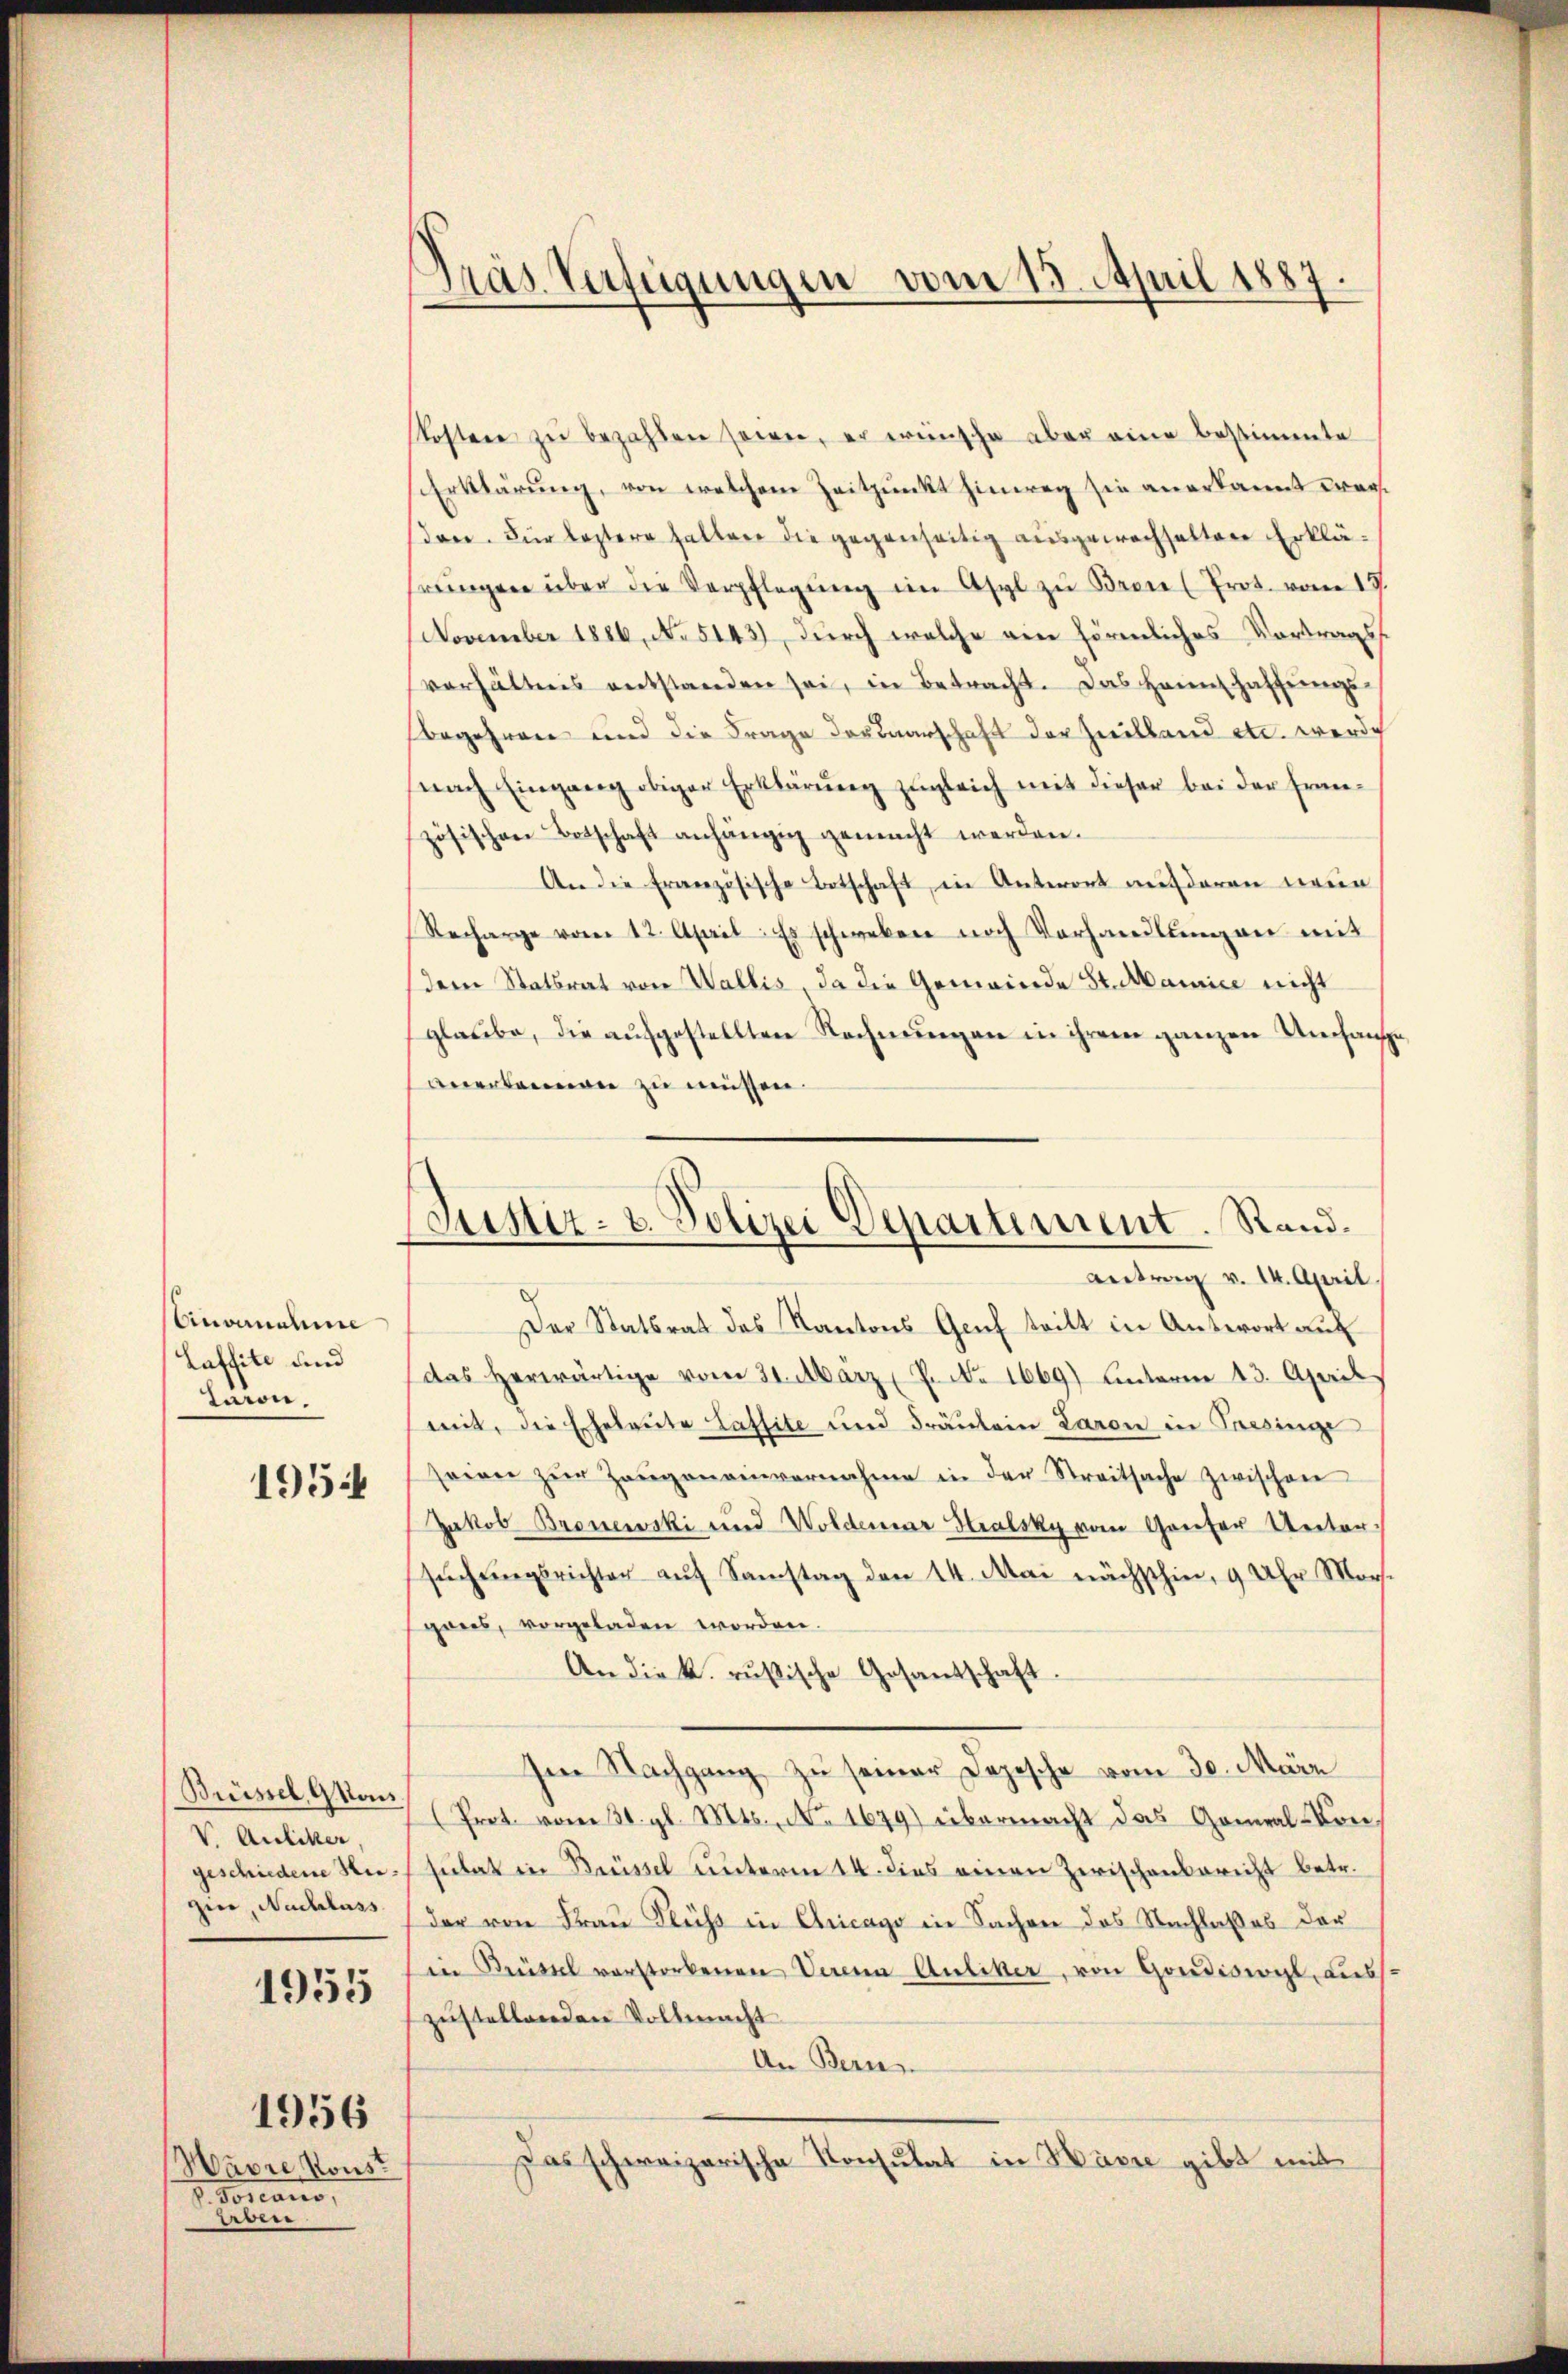
Anomaline
Laffite und
Taron.
1954

Brüssel, kons
V.Auliker,
geschiedene Hegin, Nachlass

1955

Wavre, Konst
E. Voraus,
en

1956

s
Pras Verfügungen vom 13. April 1887.

kosten zŭ bezahlen seien, er wünsche aber eine bestimmte
Erklärung, von welchem Zeitpunkt hinweg sie anerkannt wersdon. Für leztere halten die gegenseitig ausgewachselten Erklärŭngen über die Verpflegŭng im Asyl zŭ Bron (Prot. vom 17.
November 1886, No 5143), durch welche ein förmliches Vortrags
verhältens entstanden sei, in Betracht. Das Haunschaffŭngs-
Begehren und die Frage der Baarschaft der Zwilland etc. werde
nach Eingang obiger Erklärŭng zugleich mit dieser bei der Französischen Botschaft anhängig gemacht werden.
An die Französische Botschaft in Antwort aufderen neue
Recharge vom 12. April: Es schweben nach Vorhandlŭngen mit
dem Statsrat von Wallis, da die Gemeinde St. Mairice nicht
glaube, die aufgestellten Rechnŭngen in ihrem ganzen Umfange
anerkennen zu müssen.
Der Statsrat des Kantons Genf tritt in Antwort auf
das herwärtige vom 31. März  P. Nr. 1669) unterm 13. April
mit, die Eheleute Lassite und Fräulein Laron in Passinge
seien zŭr Zeŭgeneinvernahme in der Streitsache zwischen
Jakob Bronewski und Woldenar Stralsky vom Ganter Untersŭchŭngsrichter aŭf Samstag den 14. Mai nächsthin, 9 Uhr Mors-
gans, vorgeladen worden.
Andiek. russische Gesandtschaft.
Im Nachgang zu seiner Depesche vom 30. März
(Prot. vom 31. gl. Mts., No. 1679 übermacht das General-Consutat in Brüssel unterm 14. dies einen Zwischenbericht betr.
der von Frau Fluss in Chicago in Sachen des Nachlasses der
in Brüssel verstorbenen Verena Auliker, von Gondiswyl, auss
zustellenden Vollmacht
An Bern.
Das schweizerische Konsulat in Hasse gibt mit

Justiz- u. Polizei Departement. Rand.
antrag v. 14. April.